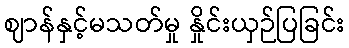
ဈာန်နှင့်မသတ်မှု နှိုင်းယှဉ်ပြခြင်း